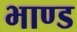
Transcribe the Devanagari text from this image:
भाण्ड